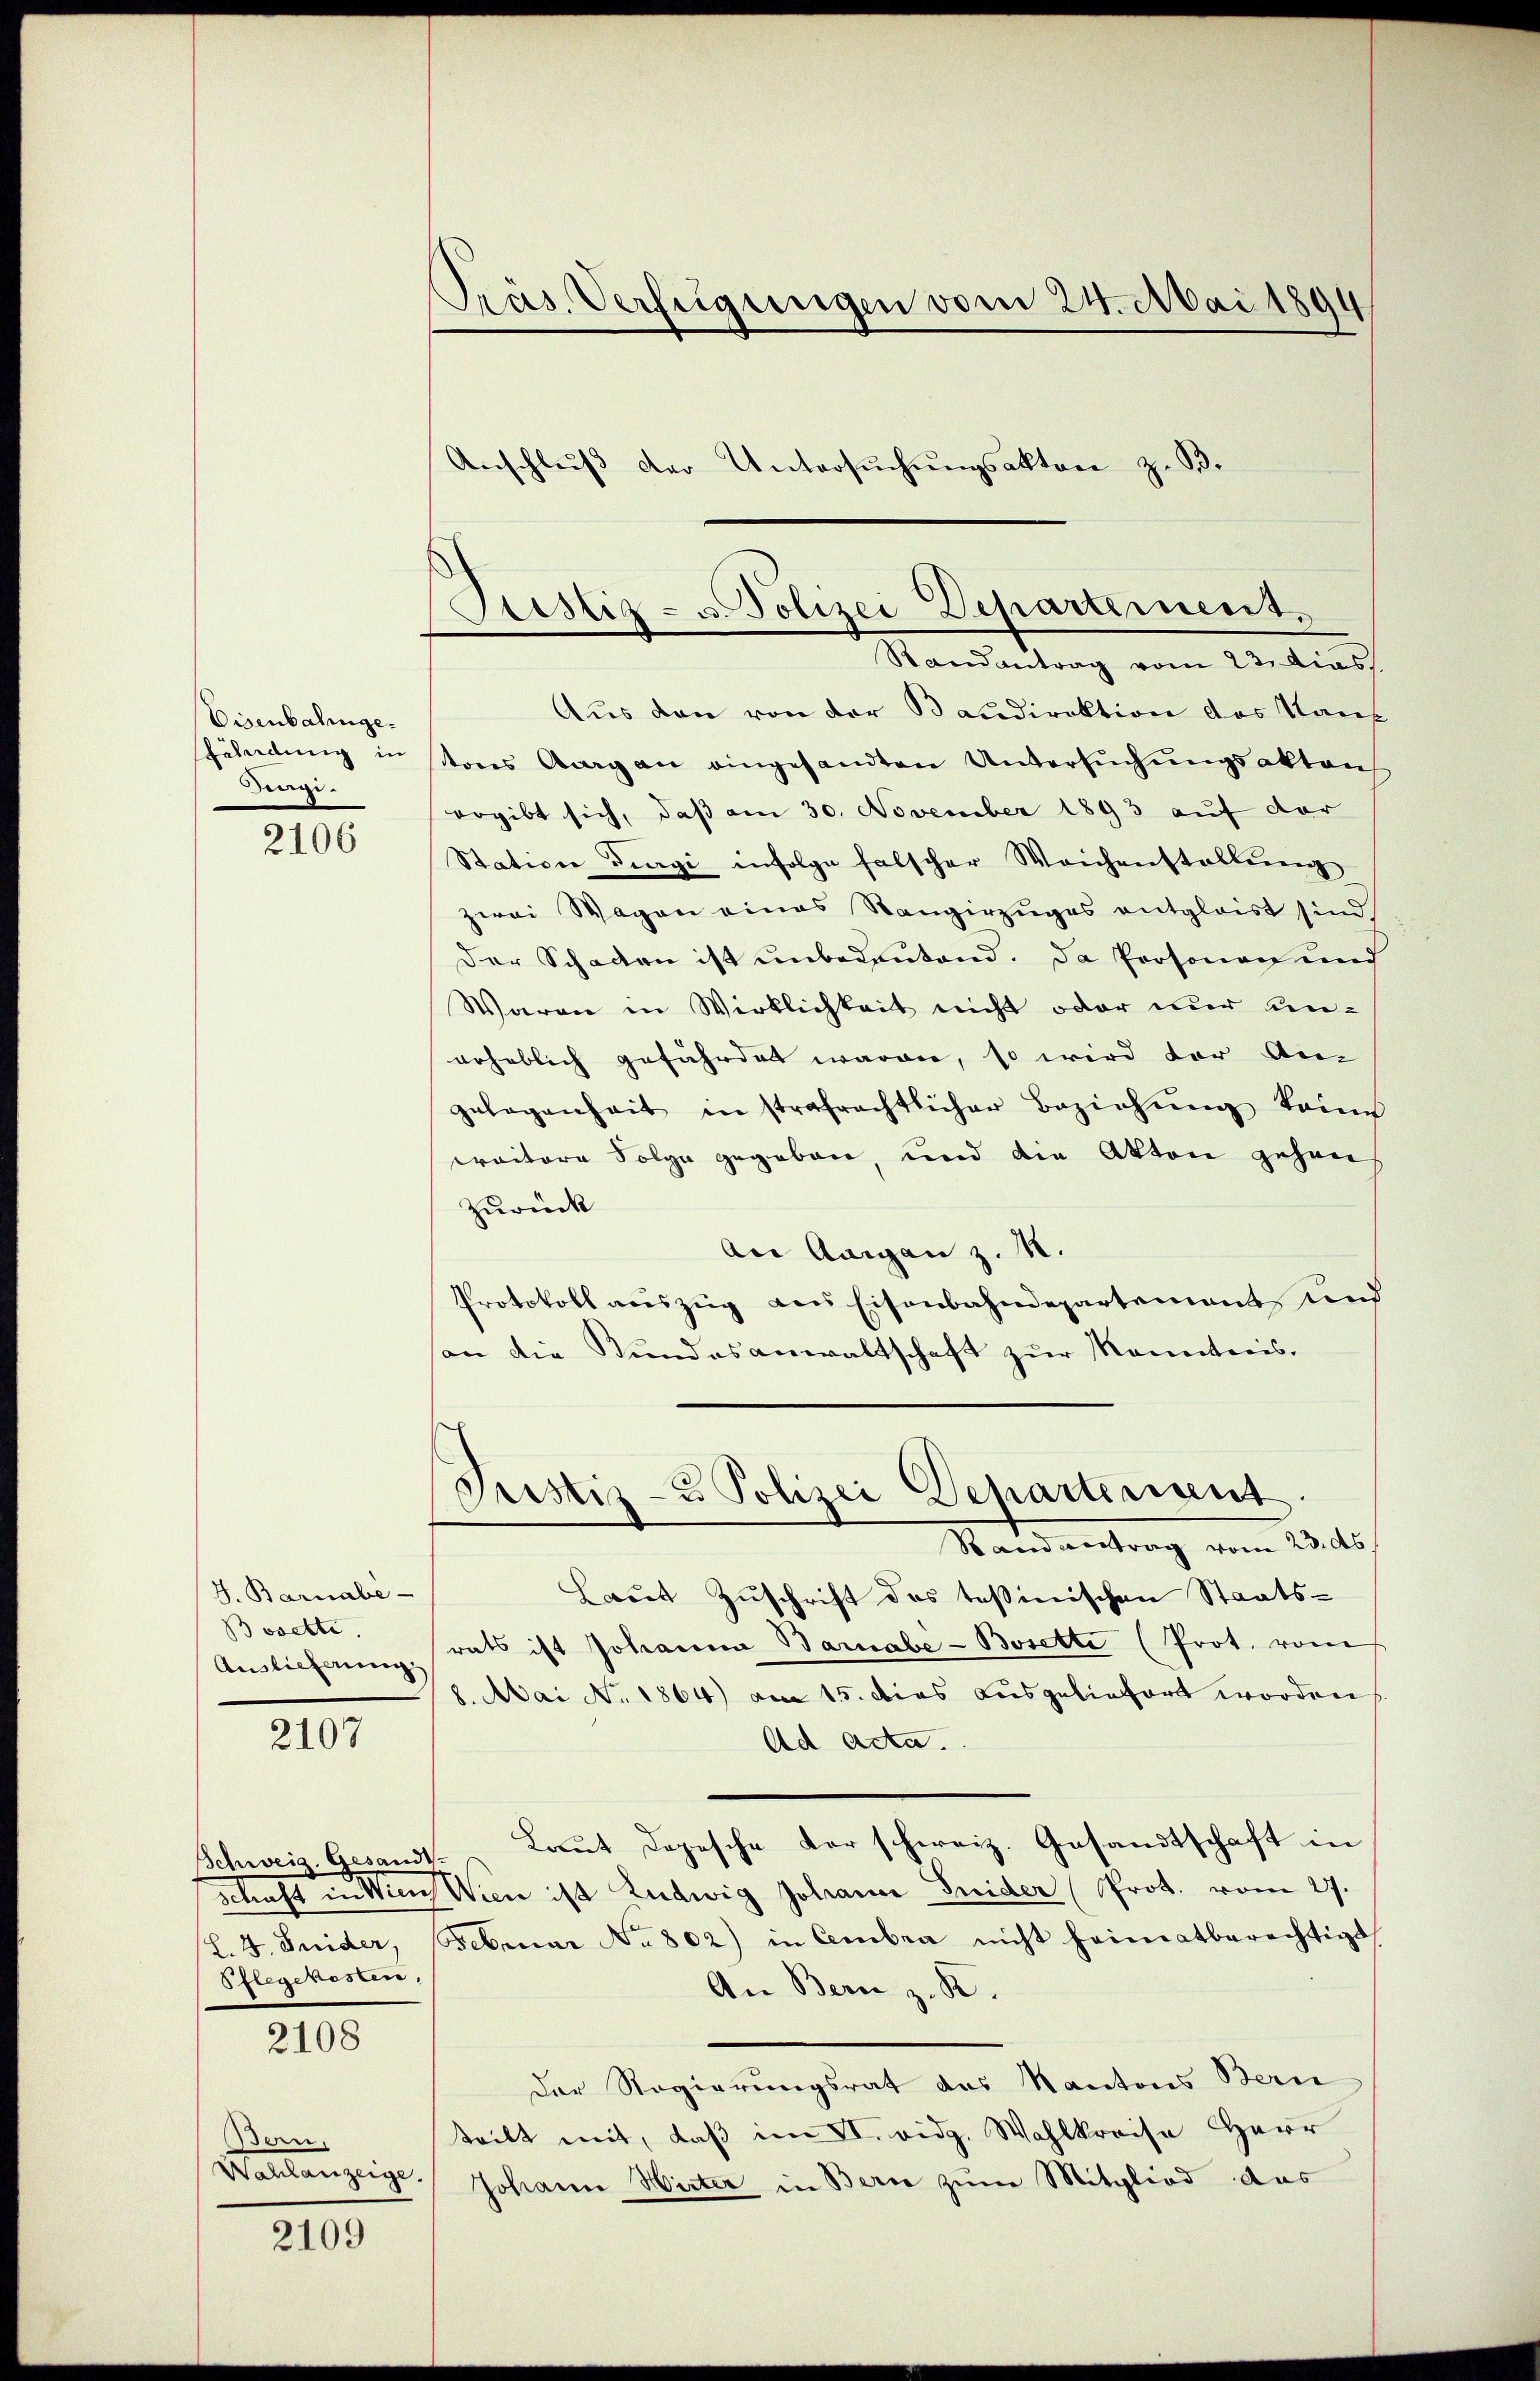
Eisenbahngefähndung in
Derg
2106

J. Barnabe
Bosette.
Auslieferung.

2107

Schweiz. Gesandt.
L. 4. Juider,
Pflegekosten.

2108

Ban.
Wahlanzeige

2109

Präs. Verfügungen vom 24. Mai 1894
Anschlŭβ der Untersŭchŭngsakten z. B.

Justiz- u. Polizei Departement.
Randantrag vom 23. dies

Aus den von der Baudirektion des Kauf
tons Aug an eingesandten Untersŭchŭngsakten.
ergibt sich, daß am 30. November 1893 auf der
Station diagi infolge falscher Weichenstallung
zwei Wagen eines Rangirzuges entglaist sind
Der Schaden ist unbedeutend. Da Personen und
Waren in Wirklichkeit nicht oder nur unneheblich gefährdet waren, so wird vor Am
gelegenheit in strafrechtlicher Beziehŭng keine
weitere Folge gegeben, und die Akten gehan
zurück
An Aargau z. 18.
Protokoll auszug aus Eisenbahndepartement und
an die Bundesanwaltschaft zur Kenntnis.
Justiz- & Polizei Departement.
Randantrag vom 23. ds.
Laut Zuschrift des Teßinischen Staats-
rats ist Johanna Barabe-Bosette (Prot. vom
28. Mai No 1864) am 15. dies ausgeliefert worden
Ad Acta.
Laut dopesche Vorschweiz. Gesandtschaft in
Schaft in Wien Wien ist Ludwig Johann Seider (Prot. vom 27.
Februar No 802) in Cembra nicht heimatberechtigt
An Bern z. K.
Der Regierungsrat das Kantons Bern
teilt mit, daß im II. eidg. Wahlkreise Herr
Johann Hirter in Bern zum Mitglied das